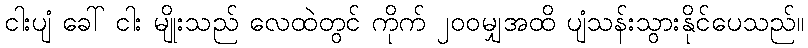
ငါးပျံ ခေါ် ငါး မျိုးသည် လေထဲတွင် ကိုက် ၂၀၀မျှအထိ ပျံသန်းသွားနိုင်ပေသည်။